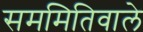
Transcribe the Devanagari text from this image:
सममितिवाले